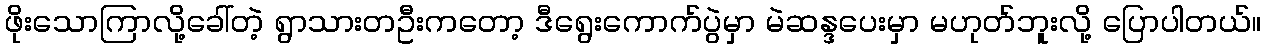
ဖိုးသောကြာလို့ခေါ်တဲ့ ရွာသားတဦးကတော့ ဒီရွေးကောက်ပွဲမှာ မဲဆန္ဒပေးမှာ မဟုတ်ဘူးလို့ ပြောပါတယ်။